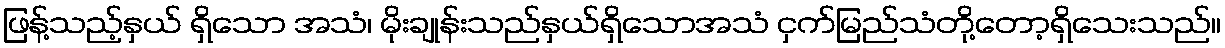
ဖြန့်သည့်နှယ် ရှိသော အသံ၊ မိုးချုန်းသည်နှယ်ရှိသောအသံ ငှက်မြည်သံတို့တော့ရှိသေးသည်။